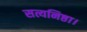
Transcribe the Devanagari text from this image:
सत्यनिष्ठा।